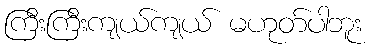
ကြီးကြီးကျယ်ကျယ် မဟုတ်ပါဘူး